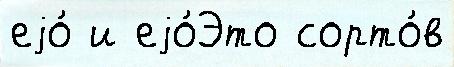
еjо́ и еjо́Это сорто́в